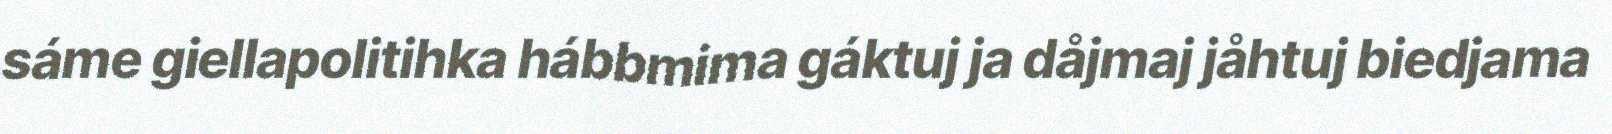
sáme giellapolitihka hábbmima gáktuj ja dåjmaj jåhtuj biedjama